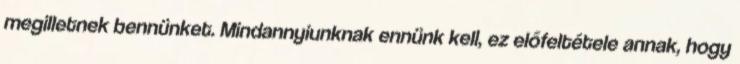
megilletnek bennünket. Mindannyiunknak ennünk kell, ez előfeltétele annak, hogy